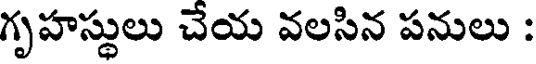
గృహస్థులు చేయ వలసిన పనులు :